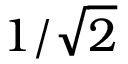
1 / \sqrt { 2 }